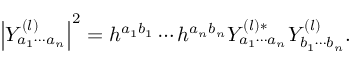
\left| Y _ { a _ { 1 } \cdots a _ { n } } ^ { ( l ) } \right| ^ { 2 } = h ^ { a _ { 1 } b _ { 1 } } \cdots h ^ { a _ { n } b _ { n } } Y _ { a _ { 1 } \cdots a _ { n } } ^ { ( l ) * } Y _ { b _ { 1 } \cdots b _ { n } } ^ { ( l ) } .